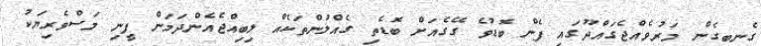
ގެނބިގެން މަރުވެއްޖެގައްދޫގައި ފެން ބޮޑުވެ ގޭގެއަށް ބޮޑެތި ގެއްލުންތަކެއް ލިބިއްޖެއެންދަމަން ފީނި މަސްވެރިޔަކު